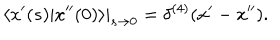
LaTeX: \left. \langle x ^ { \prime } ( s ) | x ^ { \prime \prime } ( 0 ) \rangle \right| _ { s \rightarrow 0 } = \delta ^ { ( 4 ) } ( x ^ { \prime } - x ^ { \prime \prime } ) .